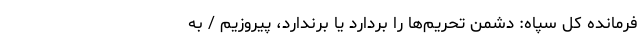
فرمانده کل سپاه: دشمن تحریم‌ها را بردارد یا برندارد، پیروزیم / به